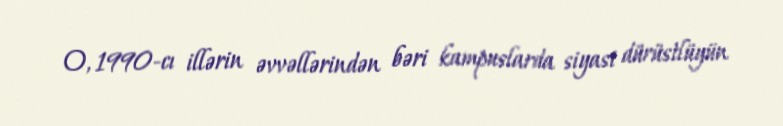
O, 1990-cı illərin əvvəllərindən bəri kampuslarda siyasi dürüstlüyün